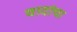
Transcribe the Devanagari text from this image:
वादांचा